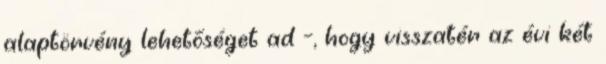
alaptörvény lehetőséget ad –, hogy visszatér az évi két